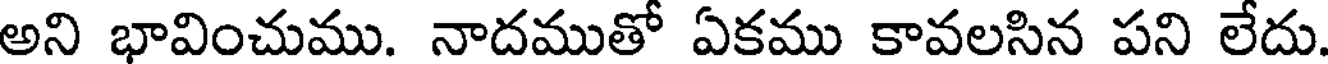
అని భావించుము. నాదముతో ఏకము కావలసిన పని లేదు